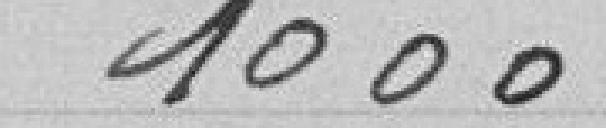
0, 66 à 1m                0,15